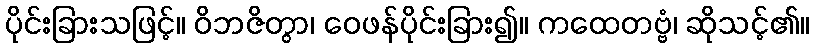
ပိုင်းခြားသဖြင့်။ ဝိဘဇိတွာ၊ ဝေဖန်ပိုင်းခြား၍။ ကထေတဗ္ဗံ၊ ဆိုသင့်၏။